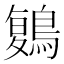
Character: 𪃃